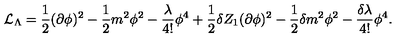
{ \cal { L } } _ { \Lambda } = \frac { 1 } { 2 } ( \partial \phi ) ^ { 2 } - \frac { 1 } { 2 } m ^ { 2 } \phi ^ { 2 } - \frac { \lambda } { 4 ! } \phi ^ { 4 } + \frac { 1 } { 2 } \delta Z _ { 1 } ( \partial \phi ) ^ { 2 } - \frac { 1 } { 2 } \delta m ^ { 2 } \phi ^ { 2 } - \frac { \delta \lambda } { 4 ! } \phi ^ { 4 } .